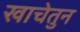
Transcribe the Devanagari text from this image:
खाचेतुन